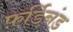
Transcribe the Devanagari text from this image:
फ़र्डिनंड